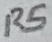
Text: R5